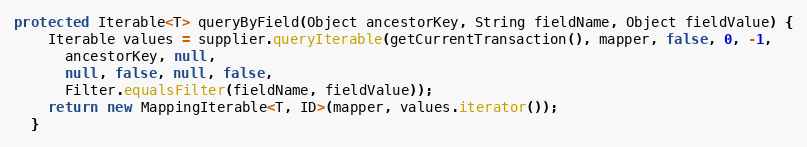
Language: Java
protected Iterable<T> queryByField(Object ancestorKey, String fieldName, Object fieldValue) {
    Iterable values = supplier.queryIterable(getCurrentTransaction(), mapper, false, 0, -1,
      ancestorKey, null,
      null, false, null, false,
      Filter.equalsFilter(fieldName, fieldValue));
    return new MappingIterable<T, ID>(mapper, values.iterator());
  }